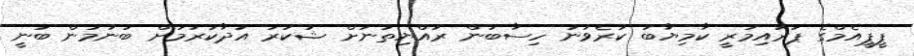
ޕީޕީއެމްގެ ޕަރައިމަރީ ކާމިޔާބު ކުރެވުނު ހިސާބުން ރައްޔިތުނަށް ޝުކުރު އަދާކުރުމަށް ބުނުމުން ބުނީ